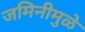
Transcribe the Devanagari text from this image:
जमिनीमुळे